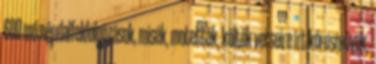
600 mű népdalfeldolgozások, misék, motetták, költők verseire írt kórusművek,